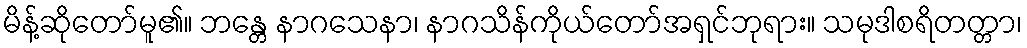
မိန့်ဆိုတော်မူ၏။ ဘန္တေ နာဂသေနာ၊ နာဂသိန်ကိုယ်တော်အရှင်ဘုရား။ သမုဒါစရိတတ္တာ၊